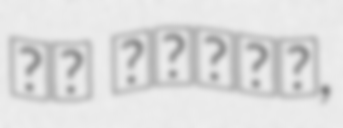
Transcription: ده مسعود,